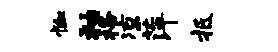
恤袖格凉萍抵